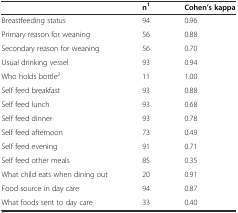
<table><thead><tr><td></td><td><b>n<sup>1</sup></b></td><td><b>Cohen’s kappa</b></td></tr></thead><tbody><tr><td>Breastfeeding status</td><td>94</td><td>0.96</td></tr><tr><td>Primary reason for weaning</td><td>56</td><td>0.88</td></tr><tr><td>Secondary reason for weaning</td><td>56</td><td>0.70</td></tr><tr><td>Usual drinking vessel</td><td>93</td><td>0.94</td></tr><tr><td>Who holds bottle<sup>2</sup></td><td>11</td><td>1.00</td></tr><tr><td>Self feed breakfast</td><td>93</td><td>0.88</td></tr><tr><td>Self feed lunch</td><td>93</td><td>0.68</td></tr><tr><td>Self feed dinner</td><td>93</td><td>0.78</td></tr><tr><td>Self feed afternoon</td><td>73</td><td>0.49</td></tr><tr><td>Self feed evening</td><td>91</td><td>0.71</td></tr><tr><td>Self feed other meals</td><td>85</td><td>0.35</td></tr><tr><td>What child eats when dining out</td><td>20</td><td>0.91</td></tr><tr><td>Food source in day care</td><td>94</td><td>0.87</td></tr><tr><td>What foods sent to day care</td><td>33</td><td>0.40</td></tr></tbody></table>